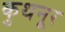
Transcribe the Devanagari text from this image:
कुथनूर